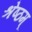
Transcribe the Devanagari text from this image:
श्रेष्ठम्